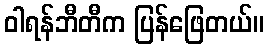
ဝါရန်ဘီတီက ပြန်ဖြေတယ်။